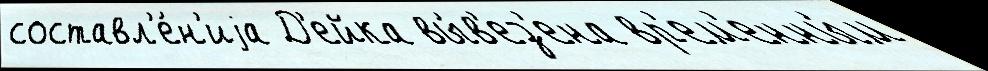
составл'е́н'иjа Д'ейка вы́в'ез'ена вр'ем'енны́м